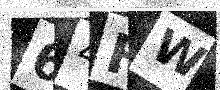
Text: 64FW